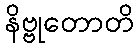
နိဗ္ဗုတောတိ